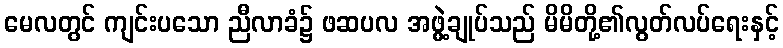
မေလတွင် ကျင်းပသော ညီလာခံ၌ ဖဆပလ အဖွဲ့ချုပ်သည် မိမိတို့၏လွတ်လပ်ရေးနှင့်